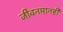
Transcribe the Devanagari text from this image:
जीवनमानही